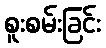
စူးစမ်းခြင်း